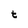
Character: t